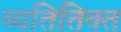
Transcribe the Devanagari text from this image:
व्यतितिक्त